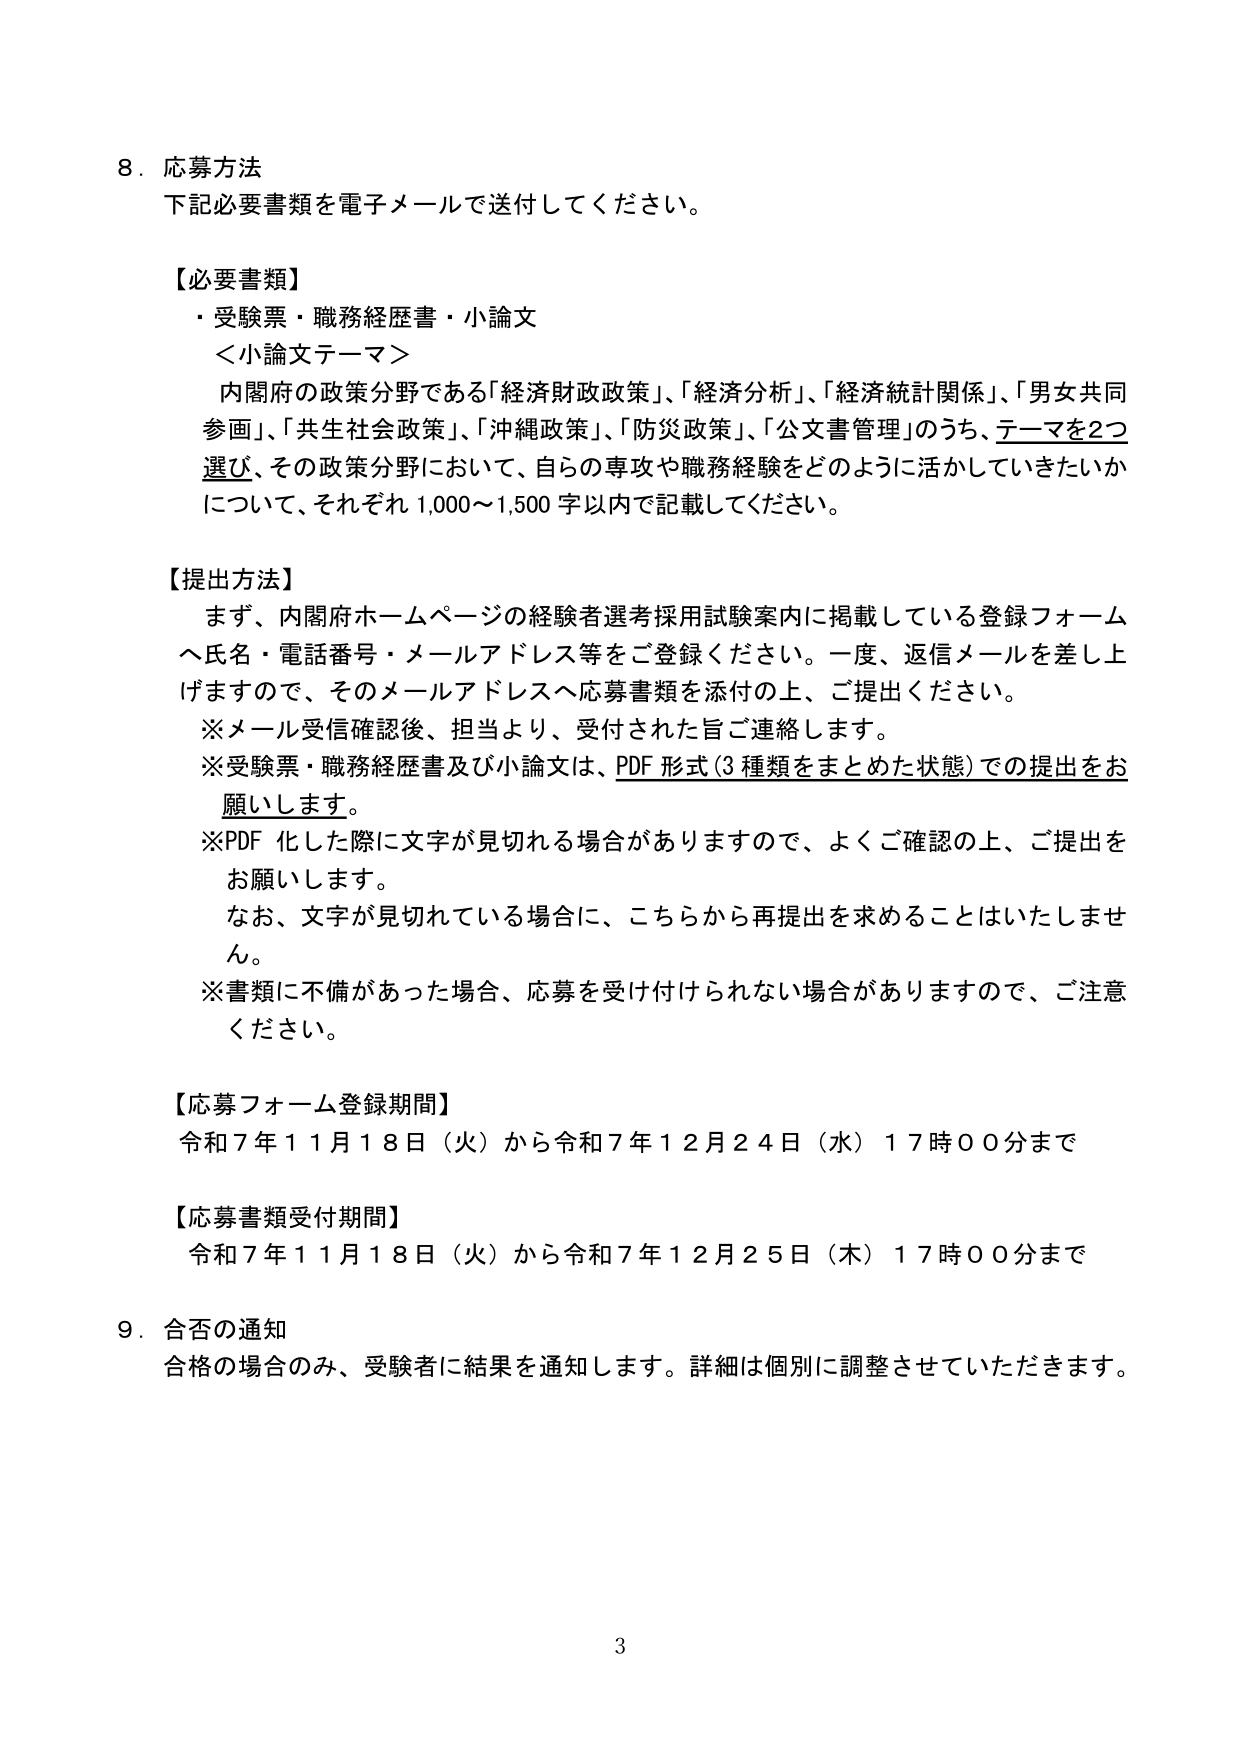
8. 応募方法
下記必要書類を電子メールで送付してください。

【必要書類】
・受験票・職務経歴書・小論文
＜小論文テーマ＞
内閣府の政策分野である「経済財政政策」、「経済分析」、「経済統計関係」、「男女共同参画」、「共生社会政策」、「沖縄政策」、「防災政策」、「公文書管理」のうち、テーマを2つ選び、その政策分野において、自らの専攻や職務経験をどのように活かしていきたいかについて、それぞれ1,000～1,500字以内で記載してください。

【提出方法】
まず、内閣府ホームページの経験者選考採用試験案内に掲載している登録フォームへ氏名・電話番号・メールアドレス等をご登録ください。一度、返信メールを差し上げますので、そのメールアドレスへ応募書類を添付の上、ご提出ください。
※メール受信確認後、担当より、受付された旨ご連絡します。
※受験票・職務経歴書及び小論文は、PDF形式（3種類をまとめた状態）での提出をお願いします。
※PDF化した際に文字が見切れる場合がありますので、よくご確認の上、ご提出をお願いします。
なお、文字が見切れている場合に、こちらから再提出を求めることはいたしません。
※書類に不備があった場合、応募を受け付けられない場合がありますので、ご注意ください。

【応募フォーム登録期間】
令和7年11月18日（火）から令和7年12月24日（水）17時00分まで

【応募書類受付期間】
令和7年11月18日（火）から令和7年12月25日（木）17時00分まで

9. 合否の通知
合格の場合のみ、受験者に結果を通知します。詳細は個別に調整させていただきます。

3